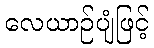
လေယာဉ်ပျံဖြင့်